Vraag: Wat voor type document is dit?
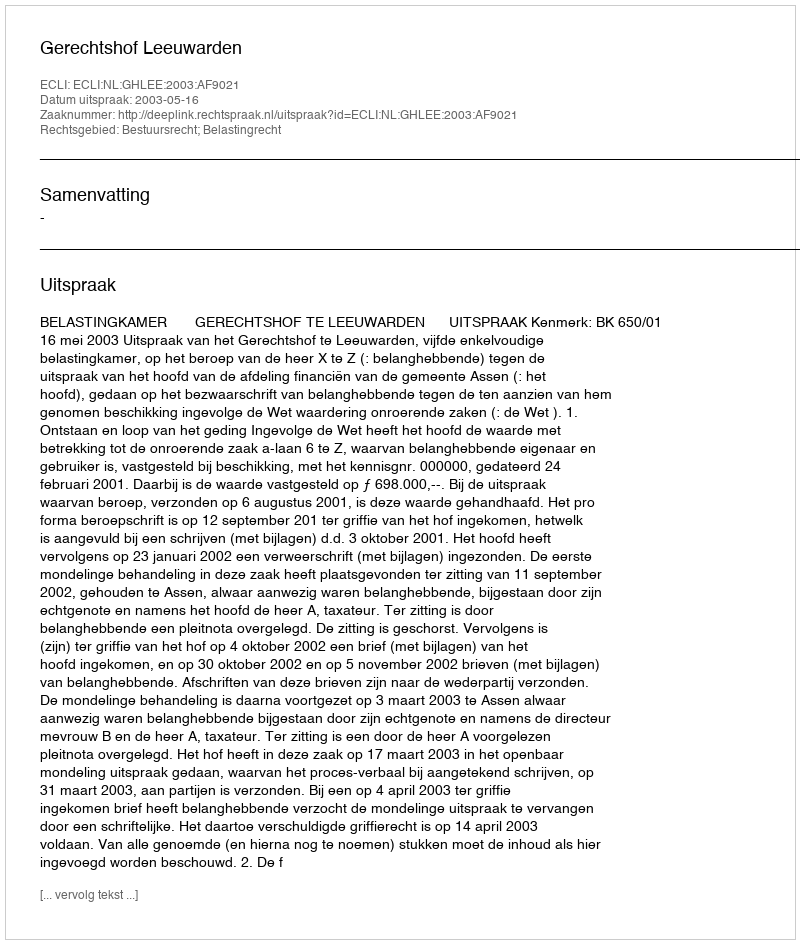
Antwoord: Uitspraak